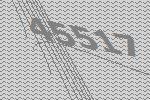
45517